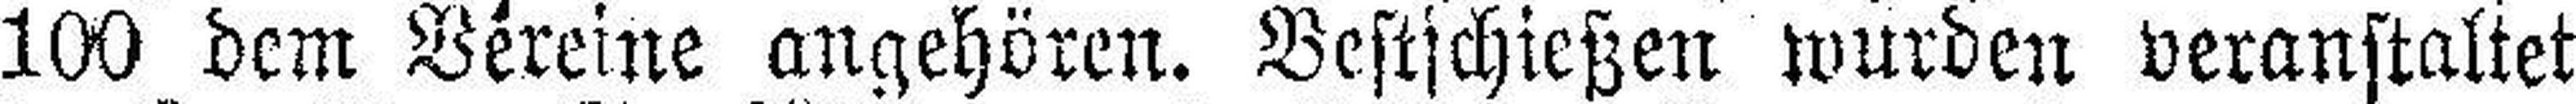
100 dem Vereine angehören. Bestschießen wurden veranstaltet